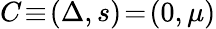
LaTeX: C\! \equiv\! (\Delta,s)\! =\! (0,\mu)